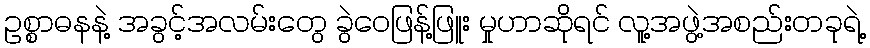
ဥစ္စာဓနနဲ့ အခွင့်အလမ်းတွေ ခွဲဝေဖြန့်ဖြူး မှုဟာဆိုရင် လူ့အဖွဲ့အစည်းတခုရဲ့